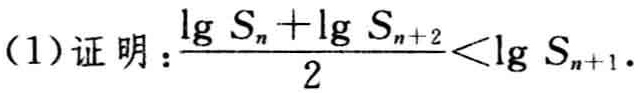
(1)证明：\(\frac{\lg S_{n}+\lg S_{n + 2}}{2}<\lg S_{n + 1}\)